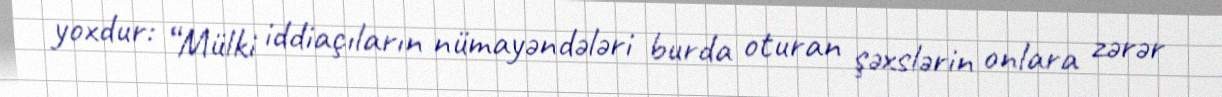
yoxdur: “Mülki iddiaçıların nümayəndələri burda oturan şəxslərin onlara zərər